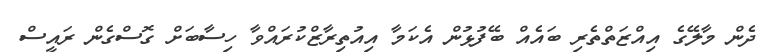
ދެން މާލޭގެ އިއްޒަތްތެރި ބައެއް ބޭފުޅުން އެކަމާ އިއުތިރާޒްކުރައްވާ ހިސާބަށް ގޮސްގެން ރައީސް